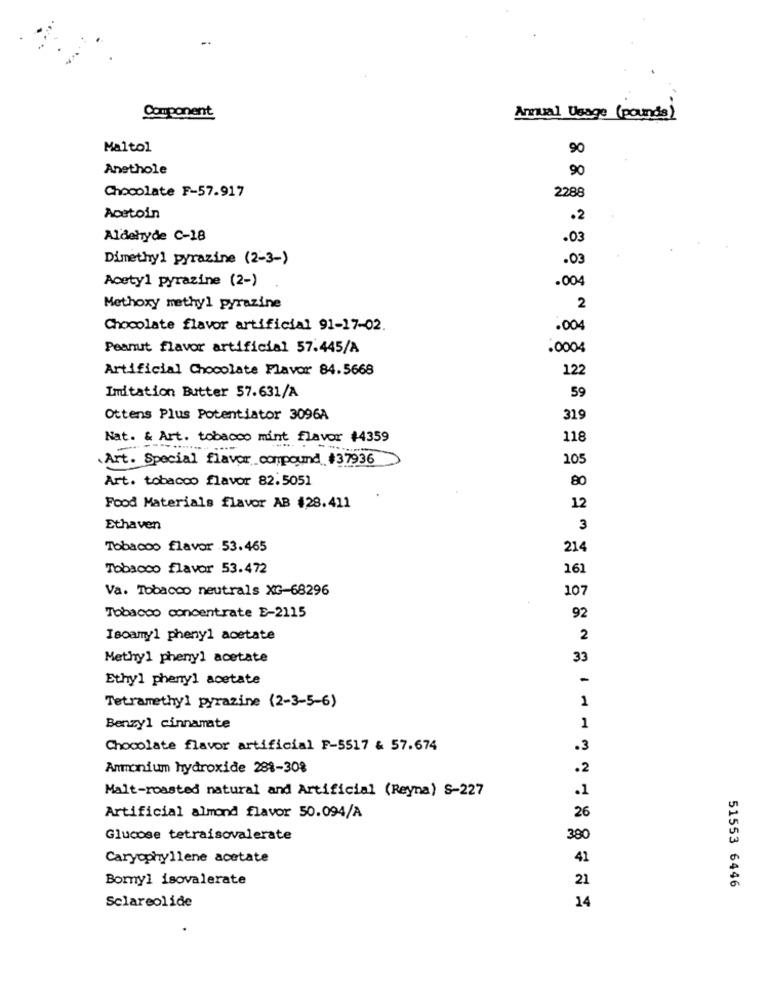
Component
Annual Usage (pounds)
Maltol
90
Anethole
90
Chocolate F-57.917
2288
Acetoin
.2
Aldehyde C-18
. 03
Dimethyl pyrazine (2-3-)
.03
Acetyl pyrazine (2-)
.004
Methoxy methyl pyrazine
2
Chocolate flavor artificial 91-17-02.
.004
Peanut flavor artificial 57.445/A
.0004
Artificial Chocolate Flavor 84.5668
122
59
Imitation Butter 57.631/A
Ottens Plus Potentiator 3096A
319
Nat. & Art. tobacco mint flavor #4359
118
.Art. Special flavor compound #37936
105
Art. tobacco flavor 82.5051
80
12
Food Materials flavor AB #28.411
Ethaven
3
Tobacco flavor 53.465
214
Tobacco flavor 53.472
161
Va. Tobacco neutrals XG-68296
107
92
Tobacco concentrate E-2115
Isoamyl pheny1 acetate
2
Methyl phenyl acetate
33
Ethyl phenyl acetate
-
Tetramethyl pyrazine (2-3-5-6)
1
Benzyl cinnamate
1
Chocolate flavor artificial F-5517 & 57.674
.3
Ammonium hydroxide 281-30%
.2
Malt-roasted natural and Artificial (Reyna) S-227
.1
Artificial almond flavor 50.094/A
26
Glucose tetraisovalerate
390
Caryophyllene acetate
41
Bomyl isovalerate
21
51553 6446
Sclareolide
14